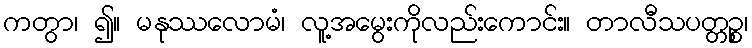
ကတွာ၊ ၍။ မနုဿလောမံ၊ လူ့အမွေးကိုလည်းကောင်း။ တာလီသပတ္တဉ္စ၊